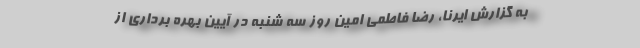
به گزارش ایرنا، رضا فاطمی امین روز سه شنبه در آیین بهره برداری از